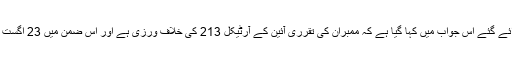
سیکرٹری الیکشن کمیشن کی طرف سے جمع کروائے گئے اس جواب میں کہا گیا ہے کہ ممبران کی تقرری آئین کے آرٹیکل 213 کی خلاف ورزی ہے اور اس ضمن میں 23 اگست کو سیکرٹری پارلیمانی امور کو آگاہ کردیا گیا تھا۔